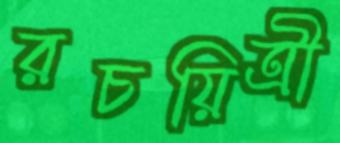
রচয়িত্রী